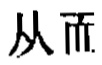
从而